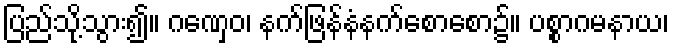
ပြည်သို့သွား၍။ ဂဏှေဝ၊ နက်ဖြန်နံနက်စောစော၌။ ပစ္စာဂမနာယ၊